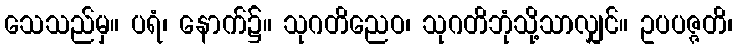
သေသည်မှ။ ပရံ၊ နောက်၌။ သုဂတိညေဝ၊ သုဂတိဘုံသို့သာလျှင်။ ဥပပဇ္ဇတိ၊